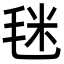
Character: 毩